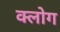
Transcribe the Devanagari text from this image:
क्लोग